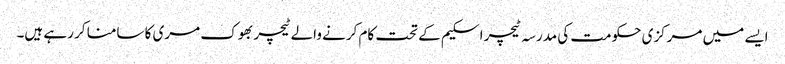
ایسے میں مرکزی حکومت کی مدرسہ ٹیچر اسکیم کے تحت کام کرنے والے ٹیچر بھوک مری کا سامنا کر رہے ہیں۔